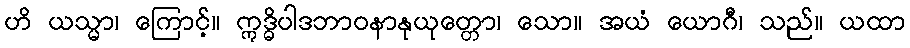
ဟိ ယသ္မာ၊ ကြောင့်။ ဣဒ္ဓိပါဒဘာဝနာနုယုတ္တော၊ သော။ အယံ ယောဂီ၊ သည်။ ယထာ